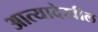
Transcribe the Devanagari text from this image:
आत्यादेखील